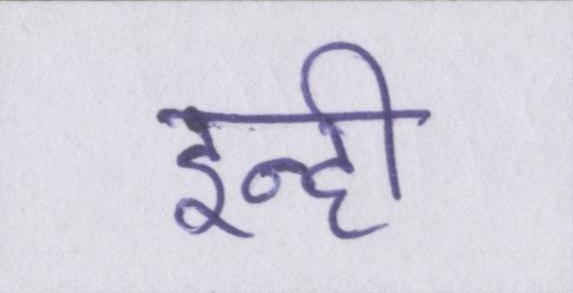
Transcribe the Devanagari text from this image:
इन्ही